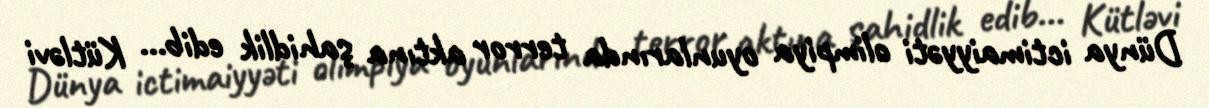
Dünya ictimaiyyəti olimpiya oyunlarında terror aktına şahidlik edib... Kütləvi